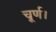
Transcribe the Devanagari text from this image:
चूर्ण।